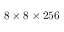
8 \times 8 \times 2 5 6